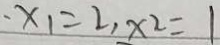
、 x _ { 1 } = 2 , x _ { 2 } = 1